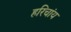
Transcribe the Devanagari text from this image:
हरिचांय